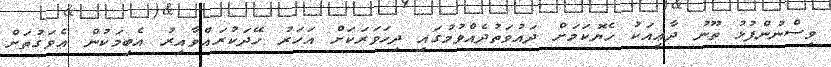
ވިސްނުންފުޅު ތޫނު ދާޢީއަކު ހެޔޮކަމަށް ދައުވަތުދެއްވުމުގައި ދިހަވަރަކަށް އަހަރު ހޭދަކުރައްވާއިރު އެބިމަކުން އެވަގުތަށް